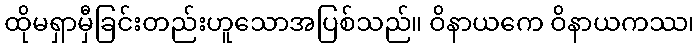
ထိုမရှာမှီခြင်းတည်းဟူသောအပြစ်သည်။ ဝိနာယကေ ဝိနာယကဿ၊